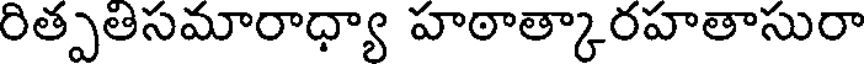
రిత్పతిసమారాధ్యా హఠాత్కారహతాసురా